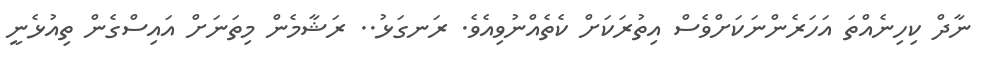
ނާދް ކިހިނެއްތަ އަހަރެންނަކަށްވެސް އިތުރަކަށް ކެތެއްނުވިއެވެ. ރަނގަޅު.. ރަޝާމެން މިތަނަށް އައިސްގެން ތިއުޅެނީ